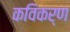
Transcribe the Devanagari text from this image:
कविकर्ण